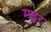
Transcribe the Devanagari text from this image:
मटुर